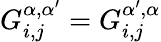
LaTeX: G_{i,j}^{\alpha,\alpha^{\prime}}=G_{i,j}^{\alpha^{\prime},\alpha}